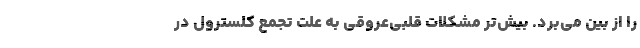
را از بین می‌برد. بیش‌تر مشکلات قلبی‌عروقی به علت تجمع کلسترول در